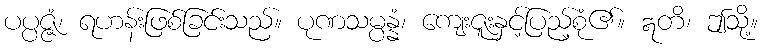
ပပ္ပဇ္ဇံ၊ ရဟန်းဖြစ်ခြင်းသည်။ ပုဏသမ္ပန္နံ၊ ကျေးဇူးနှင့်ပြည့်စုံ၏။ ဣတိ၊ ဤသို့။